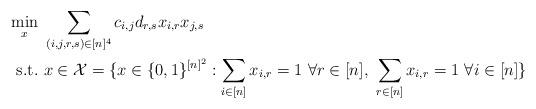
LaTeX: \begin{align*}\min_{x} & \ \sum_{(i,j,r,s) \in [n]^4} c_{i,j}d_{r,s}x_{i,r}x_{j,s} \\\mathrm{s.t.} & \ x \in \mathcal{X} = \{x \in \{0,1\}^{[n]^2}: \sum_{i \in [n]} x_{i,r} = 1 \ \forall r \in [n], \ \sum_{r \in [n]} x_{i,r} = 1 \ \forall i \in [n]\}\end{align*}